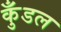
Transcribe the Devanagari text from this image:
कुँडल